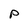
Character: P